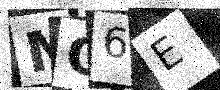
Text: MO6E